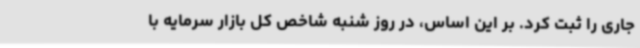
جاری را ثبت کرد. بر این اساس، در روز شنبه شاخص کل بازار سرمایه با